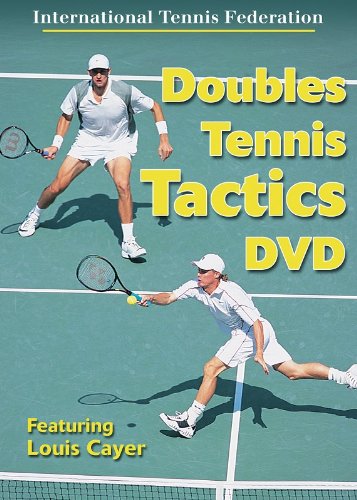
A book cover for Doubles Tennis Tactics DVD; Louis Cayer; Sports & Outdoors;